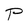
Character: P